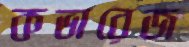
কভারেজ